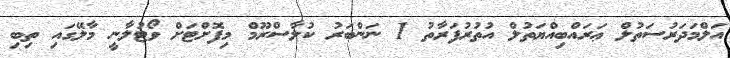
އަލްމަދަރުސަތުލް ޢަރައްބިއްޔަތުލް އުތުރުފަރާތު 1 ނަންބަރު ކުލާސްރޫމް މިފޮށްޓަށް ވޯޓުލާނީ މާލޭގައި ތިބި